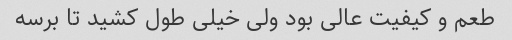
طعم و کیفیت عالی بود ولی خیلی طول کشید تا برسه